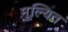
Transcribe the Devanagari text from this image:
मूल्यित